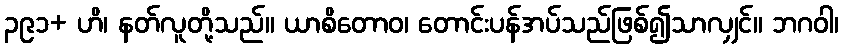
၃၉၁+ ဟိ၊ နတ်လူတို့သည်။ ယာစိတောဝ၊ တောင်းပန်အပ်သည်ဖြစ်၍သာလျှင်။ ဘဂဝါ၊